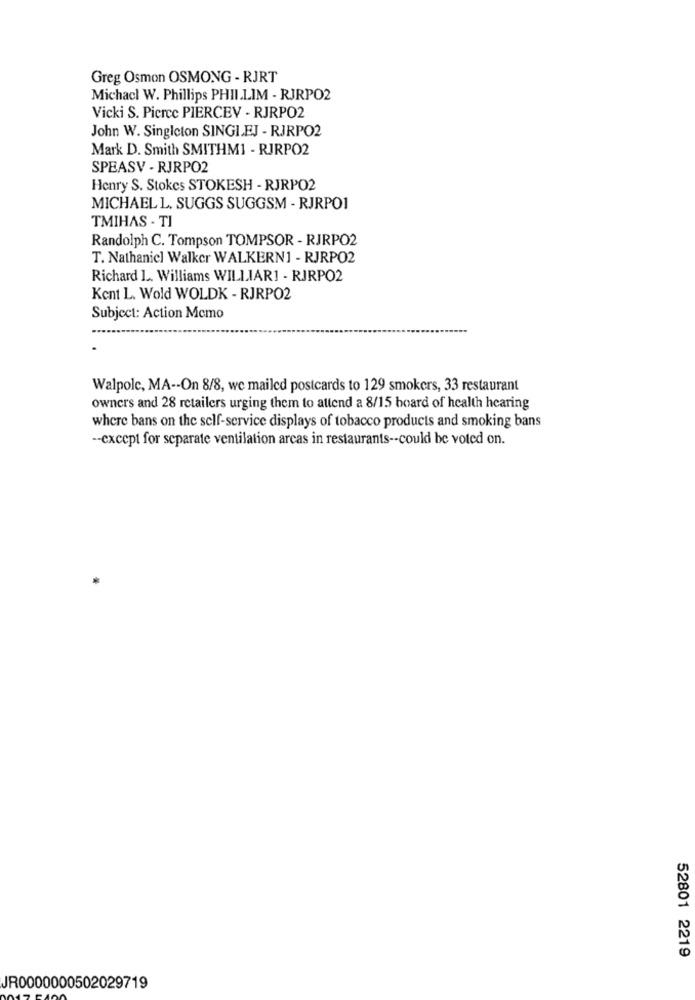
Greg Osmon OSMONG - RJRT
Michacl W. Phillips PHII.LIM - RJRPO2
Vicki S. Pierce PIERCEV - RJRPO2
John W. Singleton SINGLEJ - RJRPO2
Mark D. Smith SMITHM1 - RJRPO2
SPEASV - RJRPO2
Henry S. Stokes STOKESH - RJRPO2
MICHAEL L. SUGGS SUGGSM - RJRPO1
TMIHAS - TI
Randolph C. Tompson TOMPSOR - RJRPO2
T. Nathaniel Walker WALKERN1 - RJRPO2
Richard L. Williams WILLIAR1 - RJRPO2
Kent L. Wold WOLDK - RJRPO2
Subject: Action Memo
Walpole, MA -- On 8/8, we mailed postcards to 129 smokers, 33 restaurant
owners and 28 retailers urging them to attend a 8/15 board of health hearing
where bans on the self-service displays of tobacco products and smoking bans
-- except for separate ventilation arcas in restaurants -- could be voted on.
52801 2219
JR0000000502029719